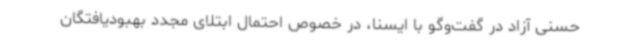
حسنی آزاد در گفت‌وگو با ایسنا، در خصوص احتمال ابتلای مجدد بهبودیافتگان